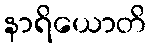
နာရိယောတိ